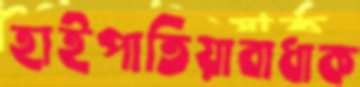
হাইপাতিয়াবাধাক